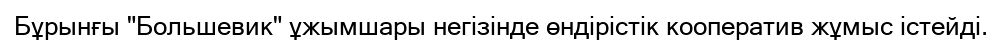
Бұрынғы "Большевик" ұжымшары негізінде өндірістік кооператив жұмыс істейді.